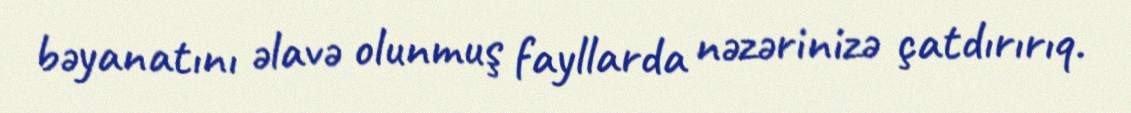
bəyanatını əlavə olunmuş fayllarda nəzərinizə çatdırırıq.